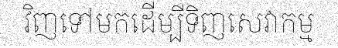
វិញទៅមកដើម្បីទិញសេវាកម្ម